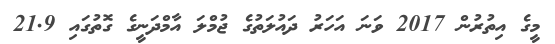
މީގެ އިތުރުން 2017 ވަނަ އަހަރު ދައުލަތުގެ ޖުމްލަ އާމްދަނީގެ ގޮތުގައި 21.9